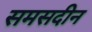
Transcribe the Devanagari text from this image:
समसदीन